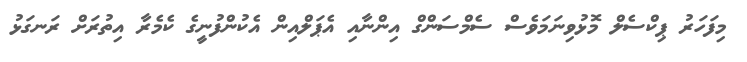
މިފަހަރު ޕިކްސެލް މޮޅުވިނަމަވެސް ސެމްސަންގް އިންނާއި އެޕަލްއިން އެކުންފުނީގެ ކެމެރާ އިތުރަށް ރަނގަޅު